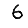
Digit: 6